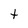
Character: t